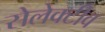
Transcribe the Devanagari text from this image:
सेलेक्टीव